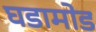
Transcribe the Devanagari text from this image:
घडामोड